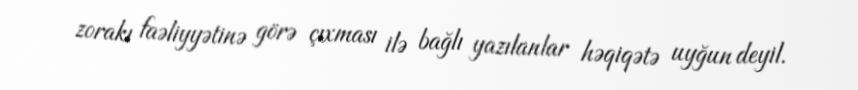
zorakı faəliyyətinə görə çıxması ilə bağlı yazılanlar həqiqətə uyğun deyil.